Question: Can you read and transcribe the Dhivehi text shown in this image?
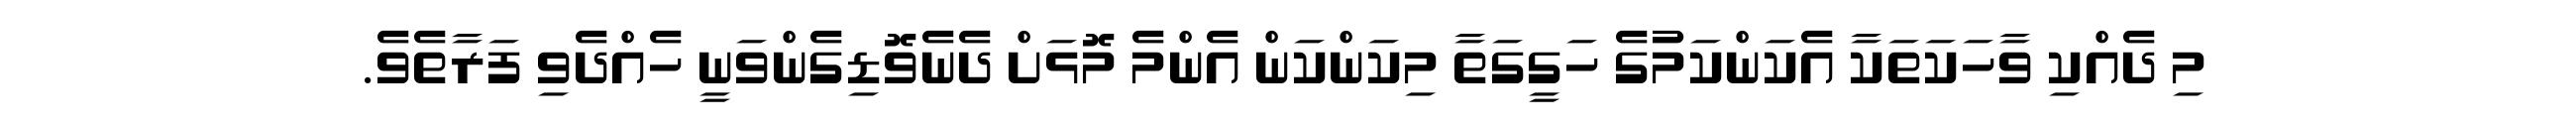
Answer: މި ދެއްކި ވާހަކަތަކާ އެކަންކަމުގެ ހަގީގަތާ މިކަންކަން އެންމެ މޮޅަށް ދެނެވޮޑިގެންވަނީ ހެއްދެވި ފަރާތެވެ.